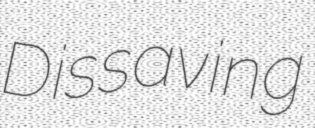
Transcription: Dissaving